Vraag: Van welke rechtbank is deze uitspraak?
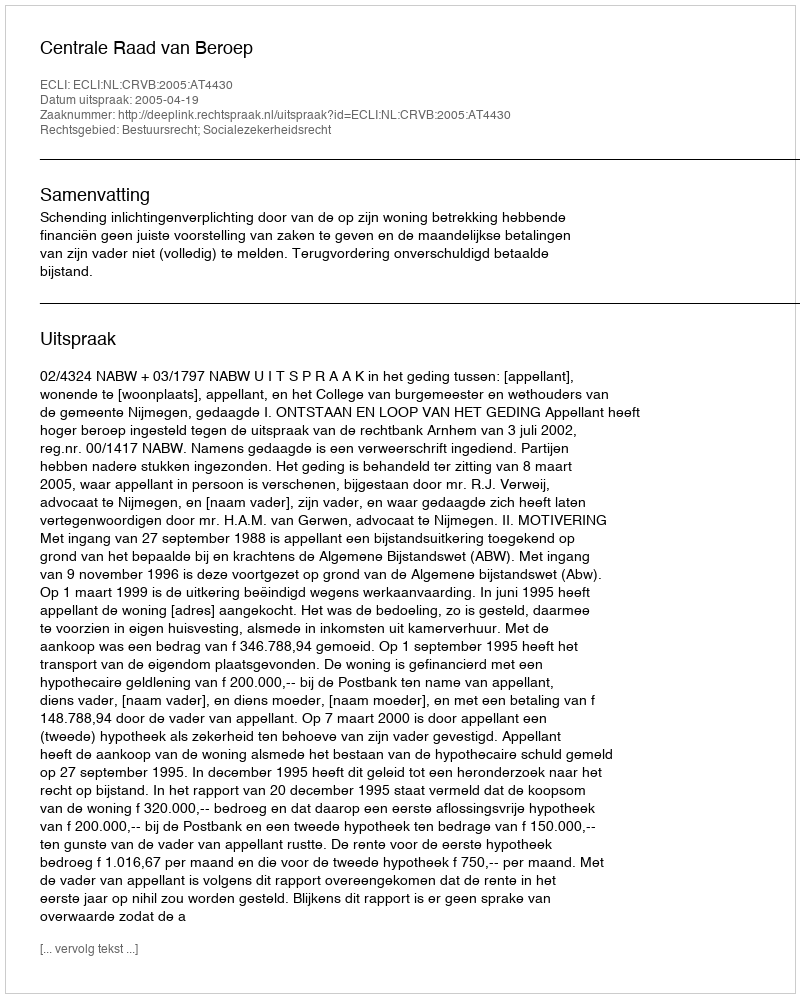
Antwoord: Centrale Raad van Beroep